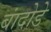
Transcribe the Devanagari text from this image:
बांदोडे